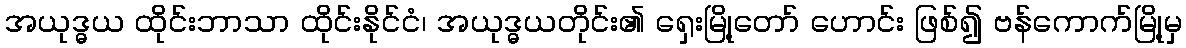
အယုဒ္ဓယ ထိုင်းဘာသာ ထိုင်းနိုင်ငံ၊ အယုဒ္ဓယတိုင်း၏ ရှေးမြို့တော် ဟောင်း ဖြစ်၍ ဗန်ကောက်မြို့မှ